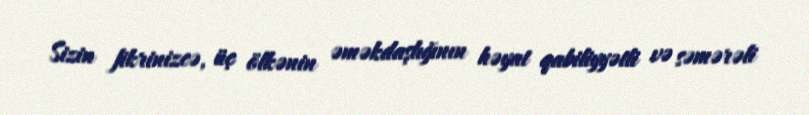
Sizin fikrinizcə, üç ölkənin əməkdaşlığının həyat qabiliyyətli və səmərəli